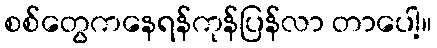
စစ်တွေကနေရန်ကုန်ပြန်လာ တာပေါ့။